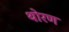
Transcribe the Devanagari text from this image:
थोरण